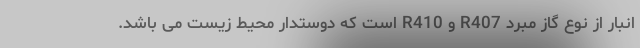
انبار از نوع گاز مُبَرد R407 و R410 است که دوستدار محیط زیست می باشد.